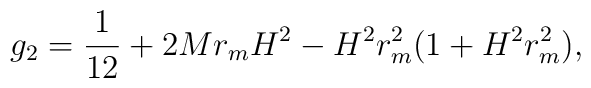
g_2=\frac{1}{12}+2Mr_mH^2-H^2r^2_m(1+H^2r^2_m),